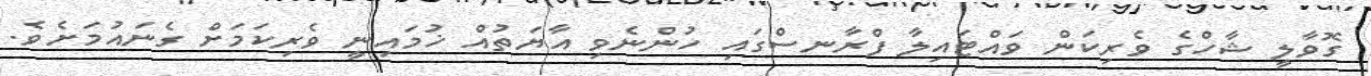
ގޮވާލީ ޝާހްގެ ވެރިކަން ވައްޓައިލާ ފްރާނސްގައި ހުންނެވި އާޔަތުއް ޚުމައިނީ ވެރިކަމަށް ގެނައުމަށެވެ.